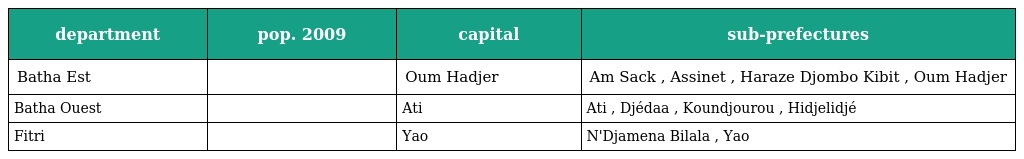
| department | pop. 2009 | capital | sub-prefectures |
 | --- | --- | --- | --- |
 | Batha Est |  | Oum Hadjer | Am Sack , Assinet , Haraze Djombo Kibit , Oum Hadjer |
 | Batha Ouest |  | Ati | Ati , Djédaa , Koundjourou , Hidjelidjé |
 | Fitri |  | Yao | N'Djamena Bilala , Yao |